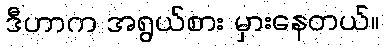
ဒီဟာက အရွယ်စား မှားနေတယ်။